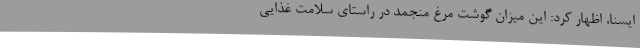
ایسنا، اظهار کرد: این میزان گوشت مرغ منجمد در راستای سلامت غذایی